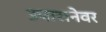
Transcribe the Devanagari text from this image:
उपासनेवर